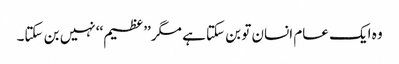
وہ ایک عام انسان تو بن سکتا ہے مگر’’عظیم‘‘ نہیں بن سکتا۔